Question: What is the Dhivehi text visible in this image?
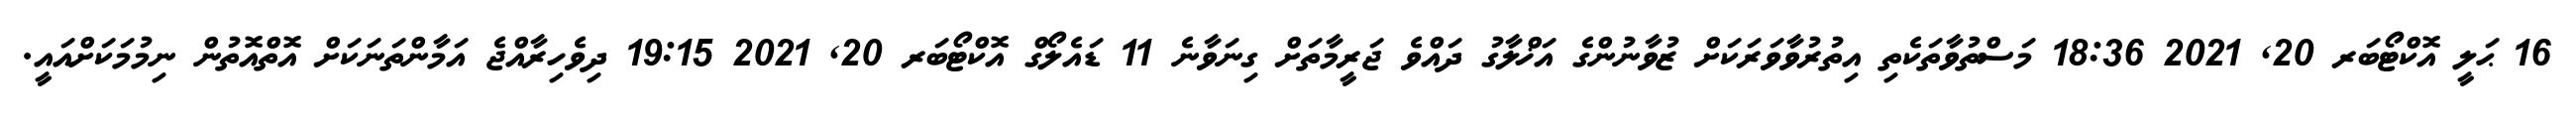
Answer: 16 ޙަލީ އޮކްޓޯބަރ 20, 2021 18:36 މަސްތުވާތަކެތި އިތުރުވާވަރަކަށް ޒުވާނުންގެ އަޚްލާގު ދައްވެ ޖަރީމާތަށް ގިނަވާނެ 11 ޑައެލޯގް އޮކްޓޯބަރ 20, 2021 19:15 ދިވެހިރާއްޖެ އަމާންތަނަކަށް އޮތްއޮތުން ނިމުމަކަށްއައީ.